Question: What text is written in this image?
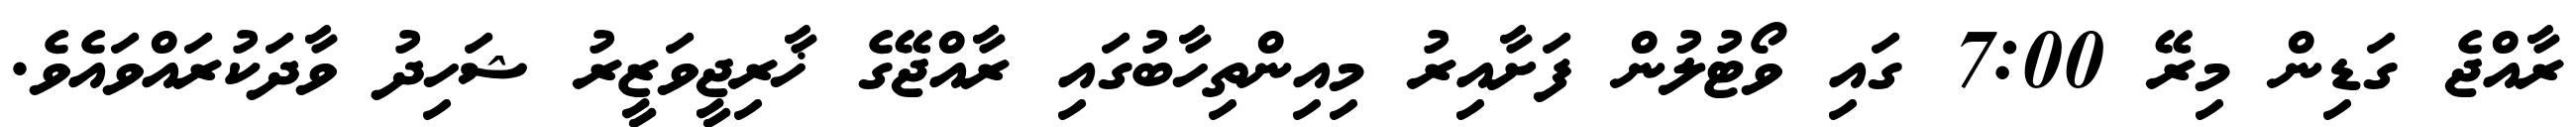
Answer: ރާއްޖެ ގަޑިން މިރޭ 7:00 ގައި ވޯޓުލުން ފަށާއިރު މިއިންތިހާބުގައި ރާއްޖޭގެ ޚާރިޖީވަޒީރު ޝަހިދު ވާދަކުރައްވައެވެ.